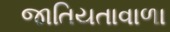
જાતિયતાવાળા